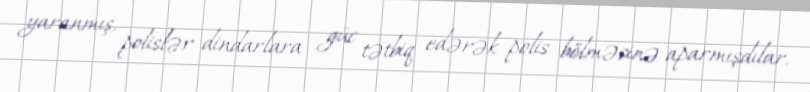
yaranmış, polislər dindarlara güc tətbiq edərək polis bölməsinə aparmışdılar.